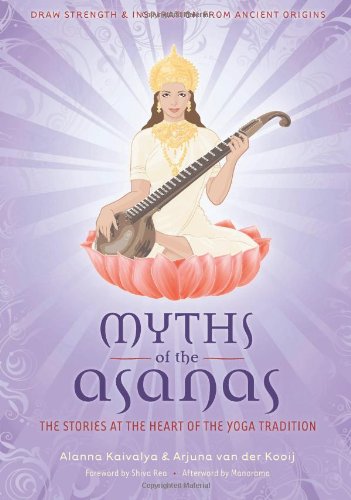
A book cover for Myths of the Asanas: The Ancient Origins of Yoga; Alanna Kaivalya; Health, Fitness & Dieting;